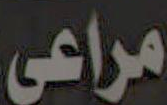
مراعى